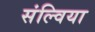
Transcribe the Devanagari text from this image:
संल्विया